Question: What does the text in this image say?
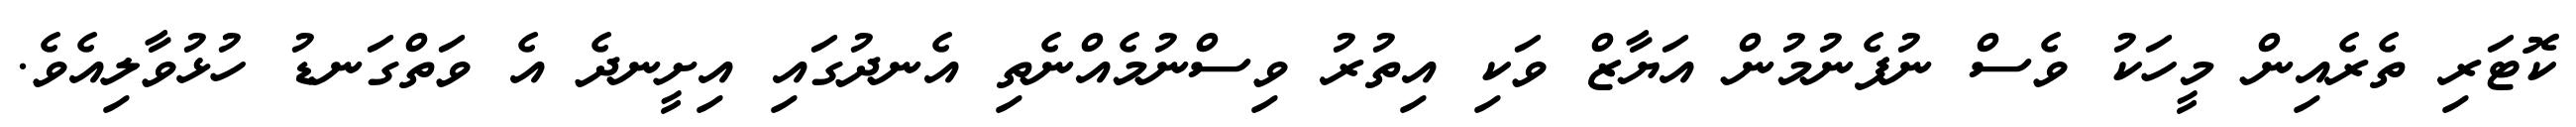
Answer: ކޮޓަރި ތެރެއިން މީހަކު ވެސް ނުފެނުމުން އަޔާޒް ވަކި އިތުރު ވިސްނުމެއްނެތި އެނދުގައި އިށީނދެ އެ ވަތްގަނޑު ހުޅުވާލިއެވެ.